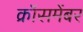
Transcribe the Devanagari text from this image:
क्रॉसमेंबर